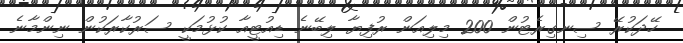
ހޭދަކުރޭ ސިނގިރެޓުން 200 މިލިއަން ރުފިޔާ ލިބޭނެ ޑިއުޓީއާ ކުޅުމަކީ ސަރުކާރަކުން ނިންމާނެ